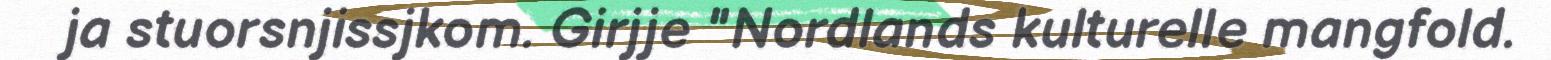
ja stuorsnjissjkom. Girjje "Nordlands kulturelle mangfold.